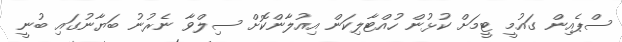
ސްޕެއިން ގައުމީ ޓީމަށް ކުޅުން ހުއްޓާލިކަން އިއުލާންކޮށް ސިލްވާ ނެރުނު ބަޔާނުގައި ބުނީ